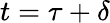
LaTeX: t=\tau+\delta